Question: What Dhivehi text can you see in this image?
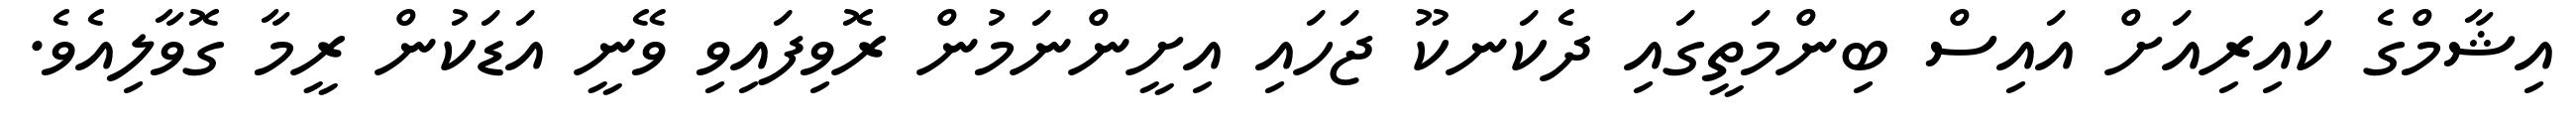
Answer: އިޝާމްގެ ކައިރިއަށް އައިސް ބިންމަތީގައި ދެކަނކޫ ޖަހައި އިށީންނަމުން ރޮވިފައިވި ވޭނީ އަޑަކުން ރީމާ ގޮވާލިއެވެ.